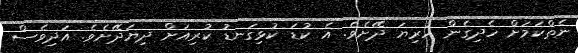
ނެތްކަމަށް ހެދިގެން ހުރިޔަ ދޭށެވެ. އެ ކުޑަ ކުޅިގަނޑު ކުރިއަށް ދިޔަދޭށެވެ. އަދިވެސް